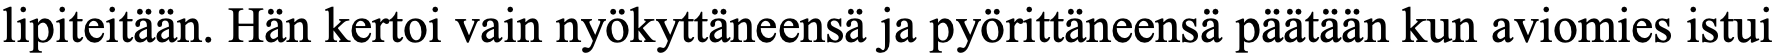
lipiteitään. Hän kertoi vain nyökyttäneensä ja pyörittäneensä päätään kun aviomies istui